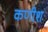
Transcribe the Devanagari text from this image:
कणीश